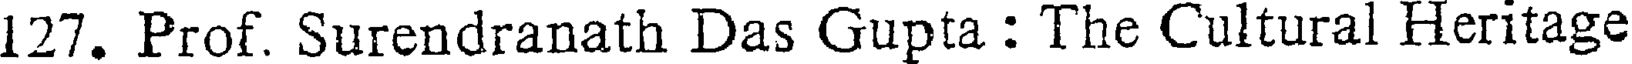
127. Prof. Surendranath Das Gupta : The Cultural Heritage